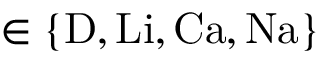
\in \{ \mathrm { D , L i , C a , N a } \}